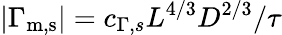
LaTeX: |\Gamma_{\mathrm{m,s}}|=c_{\Gamma,s}L^{4/3}D^{2/3}/\tau